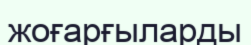
жоғарғыларды